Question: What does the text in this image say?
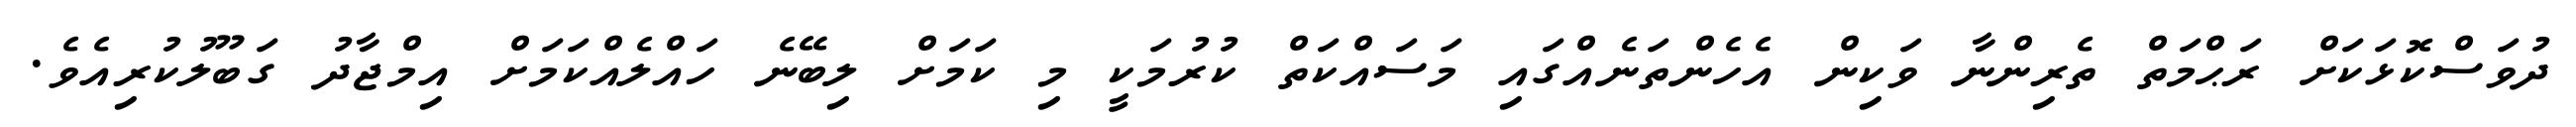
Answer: ދުވަސްކޮޅަކަށް ރަޙްމަތް ތެރިންނާ ވަކިން އެހެންތަނެއްގައި މަސައްކަތް ކުރުމަކީ މި ކަމަށް ލިބޭނެ ހައްލެއްކަމަށް އިމްޖާދު ގަބޫލުކުރިއެވެ.